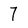
Character: 7